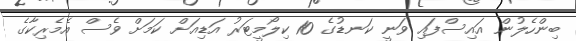
ބިންހެލުން އައިސްފައި ވަނީ ކަނޑުގެ 10 ކިލޯމީޓަރު އަޑިއަށް ކަމަށް ވެސް އެމެރިކާގެ